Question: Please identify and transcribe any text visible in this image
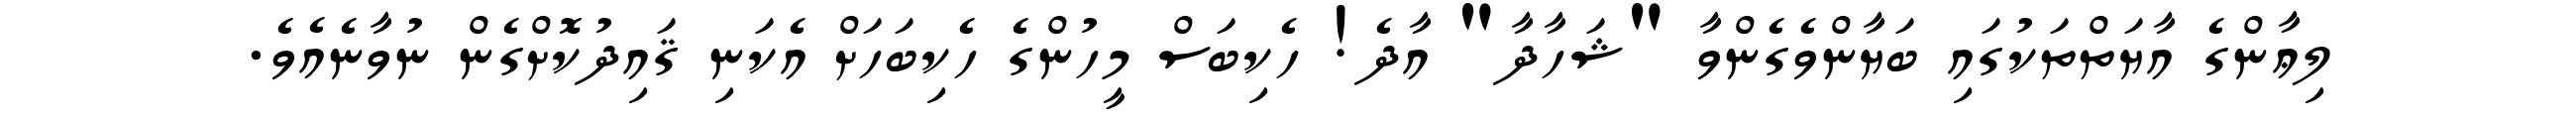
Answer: ލިޢާންގެ އާޔަތްތަކުގައި ބަޔާންވެގެންވާ "ޝަހާދާ" އާދެ! ހެކިބަސް މީހުންގެ ހެކިބަހަށް އެކަނި ޤައިދުކޮށްގެން ނުވާނެއެވެ.